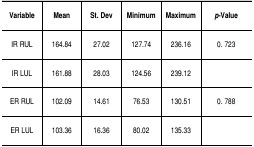
<table><thead><tr><td><b>Variable</b></td><td><b>Mean</b></td><td><b>St. Dev</b></td><td><b>Minimum</b></td><td><b>Maximum</b></td><td><b><i>p</i>-Value</b></td></tr></thead><tbody><tr><td>IR RUL</td><td>164.84</td><td>27.02</td><td>127.74</td><td>236.16</td><td>0. 723</td></tr><tr><td>IR LUL</td><td>161.88</td><td>28.03</td><td>124.56</td><td>239.12</td><td></td></tr><tr><td>ER RUL</td><td>102.09</td><td>14.61</td><td>76.53</td><td>130.51</td><td>0. 788</td></tr><tr><td>ER LUL</td><td>103.36</td><td>16.36</td><td>80.02</td><td>135.33</td><td></td></tr></tbody></table>